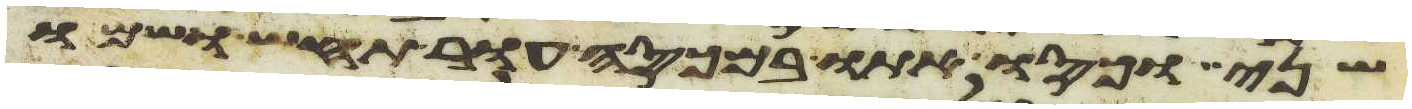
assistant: שני וכסו אתו במכסה עור תחש ושמו